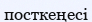
посткеңесі